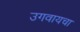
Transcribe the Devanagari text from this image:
उगवायचा